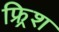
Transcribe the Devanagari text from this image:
फ्र्रिश